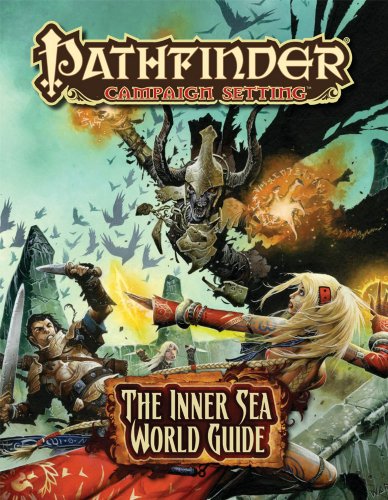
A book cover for Pathfinder: Campaign Setting, The Inner Sea World Guide; Keith Baker; Science Fiction & Fantasy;